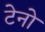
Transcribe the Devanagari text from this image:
टेनो